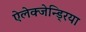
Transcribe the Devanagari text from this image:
ऐलेक्जेन्ड्रिया